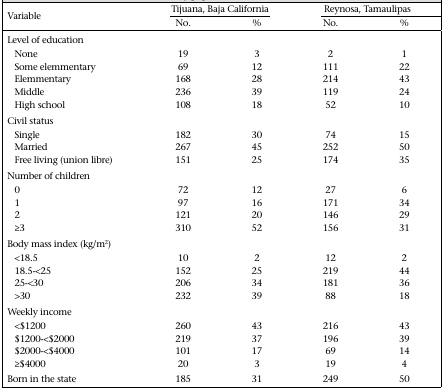
<table><thead><tr><td rowspan="2"><b>Variable</b></td><td colspan="2"><b>Tijuana, Baja California</b></td><td colspan="2"><b>Reynosa, Tamaulipas</b></td></tr><tr><td><b>No.</b></td><td><b>%</b></td><td><b>No.</b></td><td><b>%</b></td></tr></thead><tbody><tr><td>Level of education</td><td></td><td></td><td></td><td></td></tr><tr><td>None</td><td>19</td><td>3</td><td>2</td><td>1</td></tr><tr><td>Some elemmentary</td><td>69</td><td>12</td><td>111</td><td>22</td></tr><tr><td>Elemmentary</td><td>168</td><td>28</td><td>214</td><td>43</td></tr><tr><td>Middle</td><td>236</td><td>39</td><td>119</td><td>24</td></tr><tr><td>High school</td><td>108</td><td>18</td><td>52</td><td>10</td></tr><tr><td>Civil status</td><td></td><td></td><td></td><td></td></tr><tr><td>Single</td><td>182</td><td>30</td><td>74</td><td>15</td></tr><tr><td>Married</td><td>267</td><td>45</td><td>252</td><td>50</td></tr><tr><td>Free living (union libre)</td><td>151</td><td>25</td><td>174</td><td>35</td></tr><tr><td>Number of children</td><td></td><td></td><td></td><td></td></tr><tr><td>0</td><td>72</td><td>12</td><td>27</td><td>6</td></tr><tr><td>1</td><td>97</td><td>16</td><td>171</td><td>34</td></tr><tr><td>2</td><td>121</td><td>20</td><td>146</td><td>29</td></tr><tr><td>≥3</td><td>310</td><td>52</td><td>156</td><td>31</td></tr><tr><td>Body mass index (kg/m<sup>2</sup>)</td><td></td><td></td><td></td><td></td></tr><tr><td>&lt;18.5</td><td>10</td><td>2</td><td>12</td><td>2</td></tr><tr><td>18.5-&lt;25</td><td>152</td><td>25</td><td>219</td><td>44</td></tr><tr><td>25-&lt;30</td><td>206</td><td>34</td><td>181</td><td>36</td></tr><tr><td>&gt;30</td><td>232</td><td>39</td><td>88</td><td>18</td></tr><tr><td>Weekly income</td><td></td><td></td><td></td><td></td></tr><tr><td>&lt;$1200</td><td>260</td><td>43</td><td>216</td><td>43</td></tr><tr><td>$1200-&lt;$2000</td><td>219</td><td>37</td><td>196</td><td>39</td></tr><tr><td>$2000-&lt;$4000</td><td>101</td><td>17</td><td>69</td><td>14</td></tr><tr><td>≥$4000</td><td>20</td><td>3</td><td>19</td><td>4</td></tr><tr><td>Born in the state</td><td>185</td><td>31</td><td>249</td><td>50</td></tr></tbody></table>